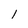
Character: l